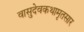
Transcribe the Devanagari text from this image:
वासुदेवकथामृतसार